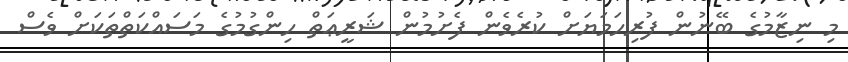
މި ނިޒާމުގެ ބޭނުން ފުރިހަމަޔަށް ކުރެވެން ފެށުމުން ޝަރީޢަތް ހިންގުމުގެ މަސައްކަތްތަކަށް ވެސް